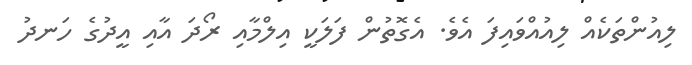
ލިއުންތަކެއް ލިއުއްވައިފަ އެވެ. އެގޮތުން ފަލަކީ އިލްމާއި ރޯދަ އާއި އީދުގެ ހަނދު